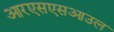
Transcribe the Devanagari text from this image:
आरएसएसआउल